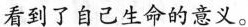
看到了自己生命的意义。